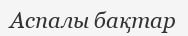
Аспалы бақтар